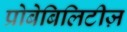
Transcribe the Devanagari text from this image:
प्रोबेबिलिटीज़